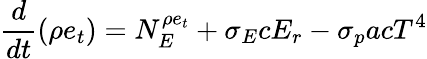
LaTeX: \frac{d}{dt}(\rho e_{t})=N_{E}^{\rho e_{t}}+\sigma_{E}cE_{r}-\sigma_{p}acT^{4}